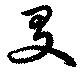
友